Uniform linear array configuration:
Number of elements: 4
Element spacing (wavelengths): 0.75
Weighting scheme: uniform
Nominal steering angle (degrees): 15
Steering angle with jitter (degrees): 15.137
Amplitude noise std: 0.05
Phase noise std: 0.05

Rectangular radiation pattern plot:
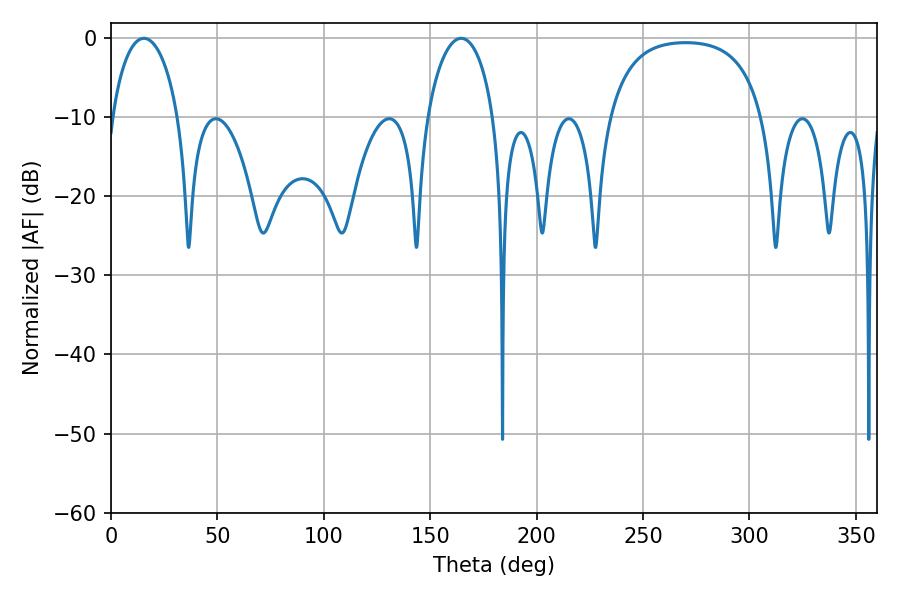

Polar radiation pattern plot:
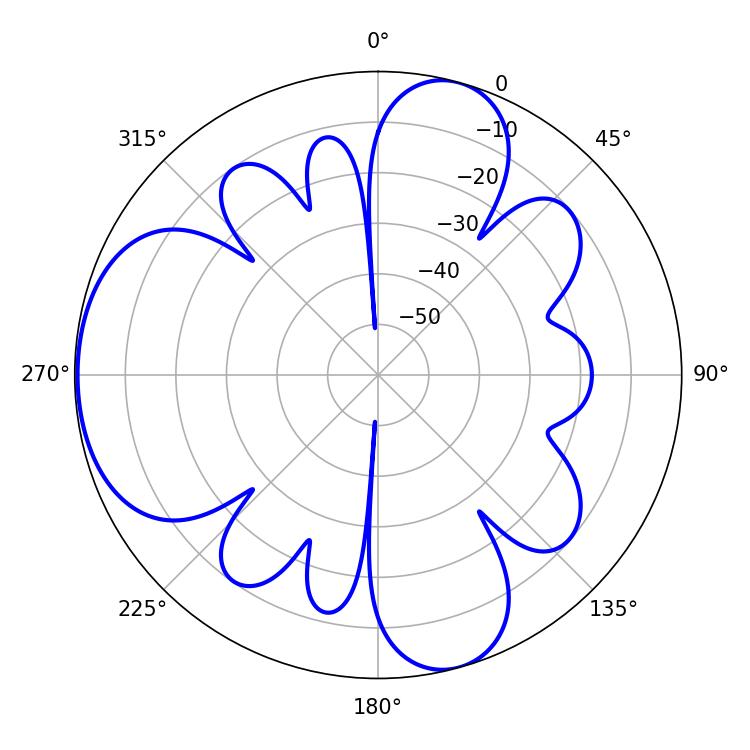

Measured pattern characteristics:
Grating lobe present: TRUE
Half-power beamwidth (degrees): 18
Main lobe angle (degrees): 164.52